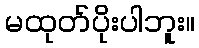
မထုတ်ပိုးပါဘူး။